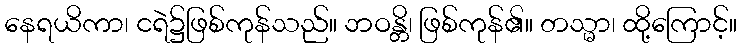
နေရယိကာ၊ ငရဲ၌ဖြစ်ကုန်သည်။ ဘဝန္တိ၊ ဖြစ်ကုန်၏။ တသ္မာ၊ ထို့ကြောင့်။